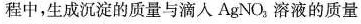
程中，生成沉淀的质量与滴入AgNO_{3} 。溶液的质量